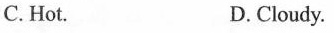
C. Hot. D.Cloudy.